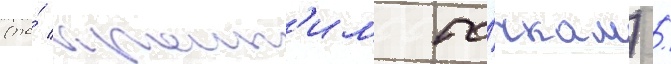
(по́ краин'им то́чкам) /